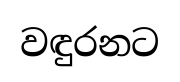
වඳුරනට